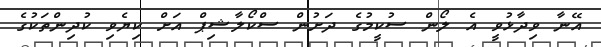
އޭނާ ވިދާޅުވީ އެ ލޯން ސުކީމުގެ ދަށުން ސްކޯލާޝިޕް އަށް ކިޔެވި ކުދިންތަކުގެ